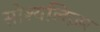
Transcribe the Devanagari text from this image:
सोश्यलिज़्म